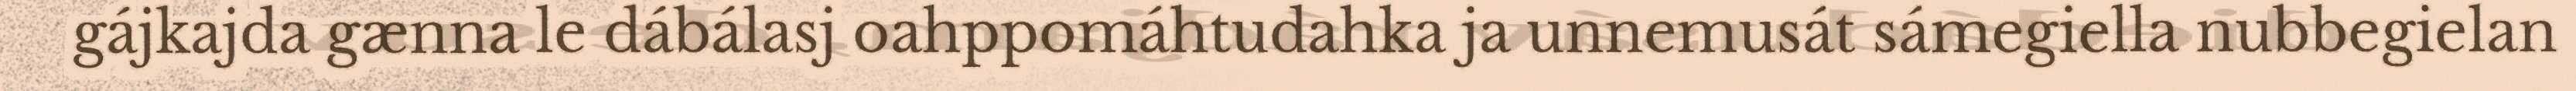
gájkajda gænna le dábálasj oahppomáhtudahka ja unnemusát sámegiella nubbegielan